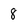
Character: 8